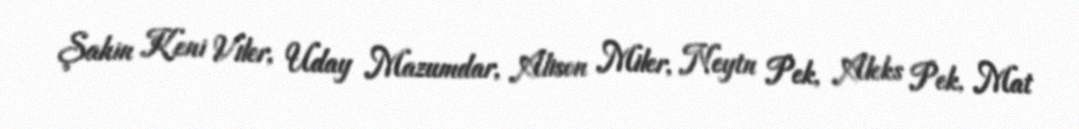
Şahin Keni Viler, Uday Mazumdar, Alison Miler, Neytn Pek, Aleks Pek, Mat